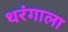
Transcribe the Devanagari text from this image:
थरंगाला